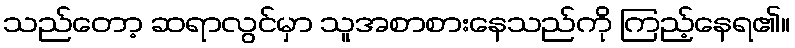
သည်တော့ ဆရာလွင်မှာ သူအစာစားနေသည်ကို ကြည့်နေရ၏။